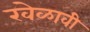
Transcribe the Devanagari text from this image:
खेळावी